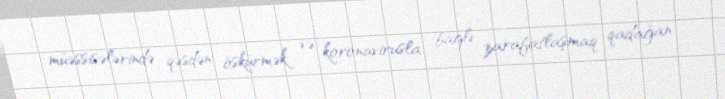
müəssisələrində qəsdən öskürmək və koronavirusla bağlı zarafatlaşmaq qadağan